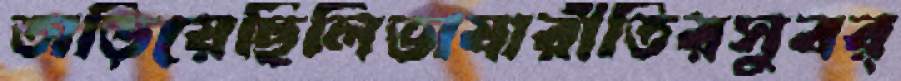
তাড়িয়েছিলিভাষারীতিরসুবর্